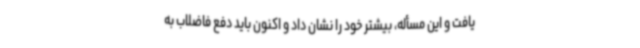
یافت و این مسأله، بیشتر خود را نشان داد و اکنون باید دفع فاضلاب به